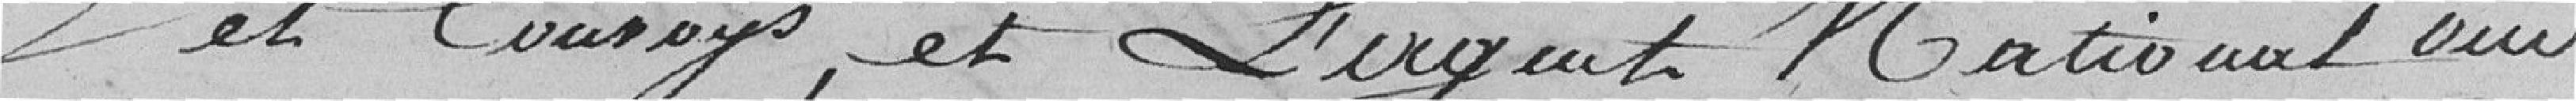
et convoys, et l'agent national oui